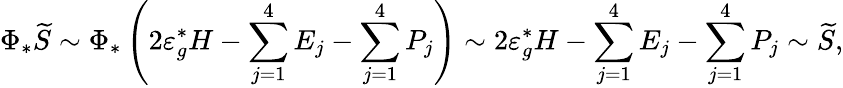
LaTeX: \Phi_{*}\widetilde{S}\sim\Phi_{*}\left(2\varepsilon_{g}^{*}H-\underset{j=1}{\overset{4}{\sum}}E_{j}-\underset{j=1}{\overset{4}{\sum}}P_{j}\right)\sim 2\varepsilon_{g}^{*}H-\underset{j=1}{\overset{4}{\sum}}E_{j}-\underset{j=1}{\overset{4}{\sum}}P_{j}\sim\widetilde{S},